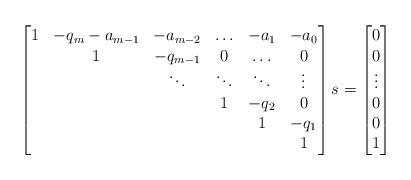
LaTeX: \begin{align*}\begin{bmatrix}1 & -q_m -a_{m-1} & -a_{m-2} & \ldots & -a_1 & -a_0 \\ & 1 & -q_{m-1} & 0 & \ldots & 0 \\ & & \ddots & \ddots & \ddots & \vdots \\ & & & 1 & -q_2 & 0 \\ & & & & 1 & -q_1 \\ & & & & & 1\end{bmatrix}s = \begin{bmatrix}0 \\ 0 \\ \vdots \\ 0 \\ 0 \\ 1\end{bmatrix}\end{align*}